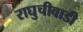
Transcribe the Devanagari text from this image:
राघुचीवाडी